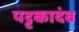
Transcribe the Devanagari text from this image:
पट्टकादंब